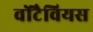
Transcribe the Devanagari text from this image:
वोंटैवियस